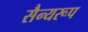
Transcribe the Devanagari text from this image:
सैन्यरूप